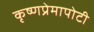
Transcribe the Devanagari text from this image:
कृष्णप्रेमापोटी